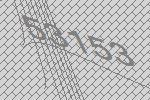
53153